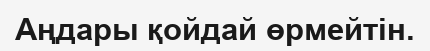
Аңдары қойдай өрмейтін.